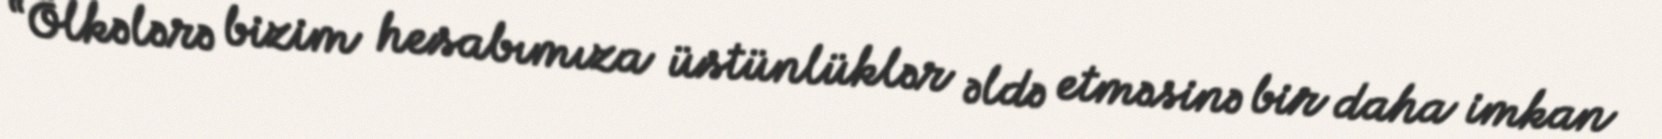
“Ölkələrə bizim hesabımıza üstünlüklər əldə etməsinə bir daha imkan